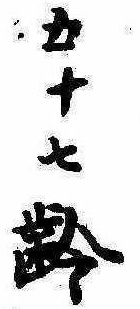
五十七齢